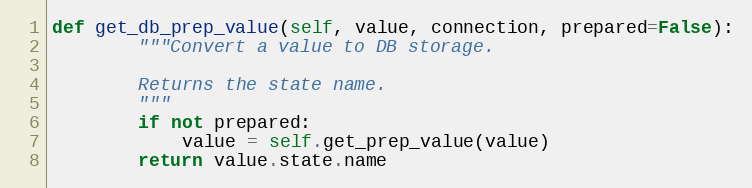
Language: Python
def get_db_prep_value(self, value, connection, prepared=False):
        """Convert a value to DB storage.

        Returns the state name.
        """
        if not prepared:
            value = self.get_prep_value(value)
        return value.state.name